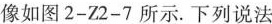
像如图2-Z2-7所示。下列说法